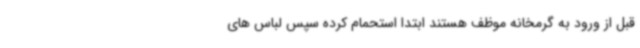
قبل از ورود به گرمخانه موظف هستند ابتدا استحمام کرده سپس لباس های